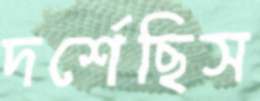
দর্শেছিস